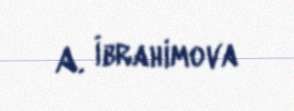
A. İbrahimova